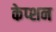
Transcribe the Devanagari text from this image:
केप्‍शन